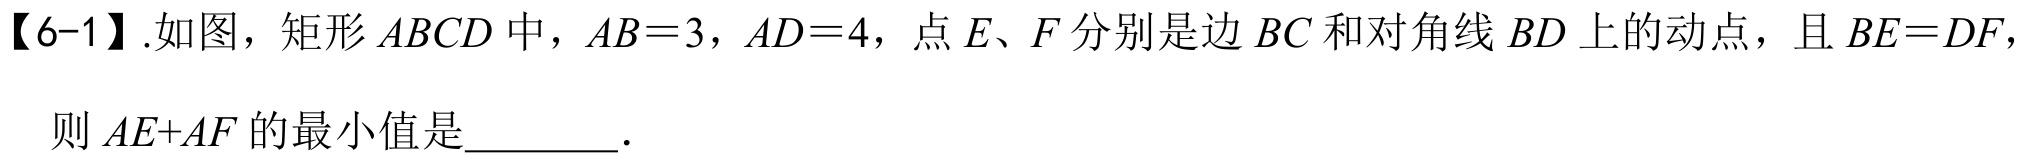
【6-1】.如图，矩形 \(ABCD\) 中，\(AB = 3\)，\(AD = 4\)，点 \(E、F\) 分别是边 \(BC\) 和对角线 \(BD\) 上的动点，且 \(BE = DF\)，则 \(AE + AF\) 的最小值是\_\_\_\_\_．